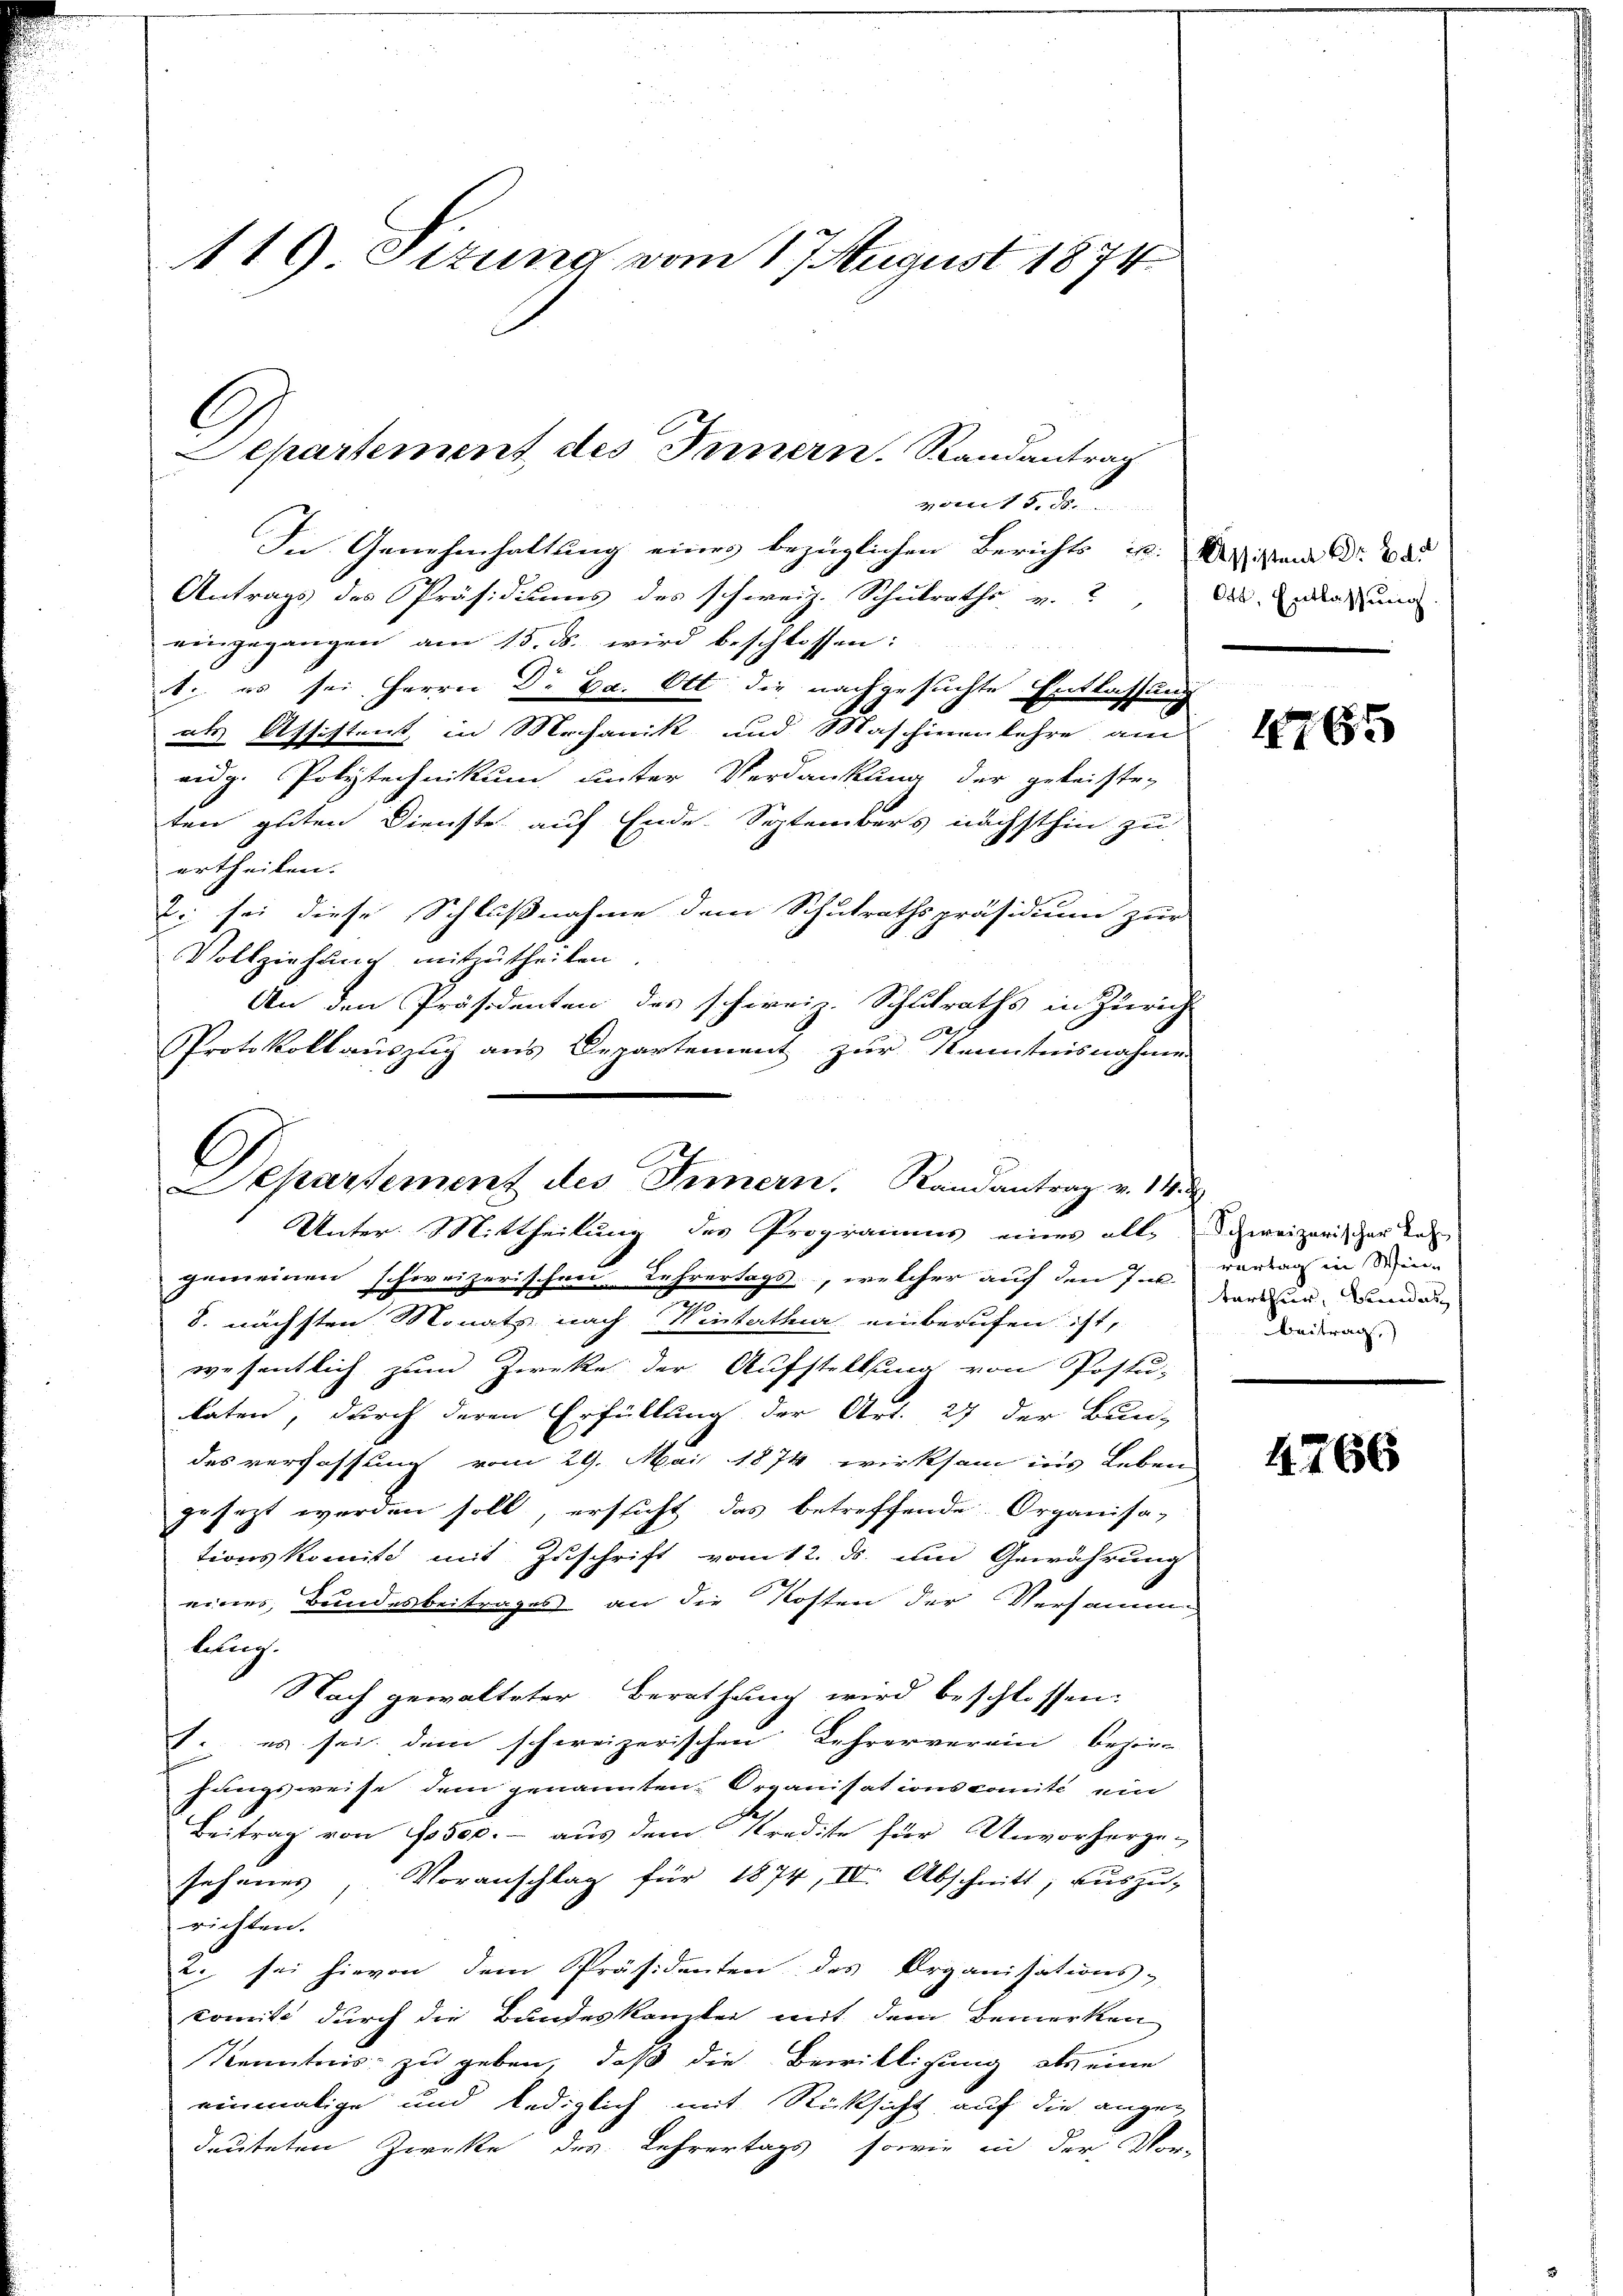
119. Ottung vom 17 August 1874

vom 15. ds.
In Genehmhaltung eines bezüglichen Berichts ist. Weisten d. 2
Antrags des Präsidiums des schweiz. Schulraths v. , das darung
eingegangen am 15. ds. wird beschlossen:
t. es sei Herrn Dr Ea. Ott die nachgesuchte Entlassung
als Absichtent, in Mechanik und Maschierenlehre am
eidg. Polytechnikum unter Verdankung der geleiste-
ten guten Dienste auf Ende. Septembers nächsthin zu
urtheilen.
2. sei diese Schlußnahme dem Schulrathspräsidium zur
Vollziehung mitzutheilen.
An den Präsidenten des schwein. Schulraths in Zürich
Protokollauszug aus Departement zur Kenntnisnahmen

Separtement des Innern. Randantrag

C
Separtement des Innern. Randantrag v. 14.
Unter. Mittheilung des Programms einer alle Schweizerischer das

gemeinen schweizerischen Lehrertags, welcher auch den Jun. vorlag in Sinn
8. nächsten Monats nach Vintathur einberufen ist,
wesentlich zum Zwecke der Aufstellung von Postu-
katen, durch deren Erfüllung der Art. 27 der Bun-
des verfassung vom 29. Mai 1874 wirksam ins Leben
gesezt werden soll, ersicht das betreffende Organisa-
tionskomite mit Zuschrift vom 12. ds. um Gewährung
eines Bundesbeitrages an die Kosten der Versamm
lebung.
Nach gewalteter Berathung wird beschlossen:
1. es sei dem schweizerischen Lehrerverein bezir
hungsweise dem genannten Organisationscomité ein
Beitrag von 1500.- aus dem Kredite für Unvorherge-
sehenes, Voranschlag für 1874, IV. Abschnitt, auszu-
richten.
2. sei hievon dem Präsidenten des Organisations-
Comite durch die Bundeskanzlei mit dem Bemerken
Kenntnis zu geben, daß die Bewilligung als eine
einmalige und lediglich mit Rücksicht auf die angedeuteten Zwecke des Lehrertags, sowie in der Vor-

1765

tarthur, Bundes
Beitrag.)

4766